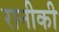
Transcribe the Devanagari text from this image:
रानीकी